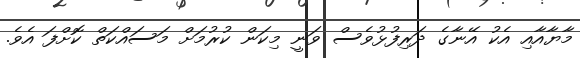
މާޔާއާއި އެކު އޭނާގެ ދަރިފުޅުވެސް ވަނީ މިކަން ކުރުމަށް މަސައްކަތް ކޮށްފަ އެވެ.